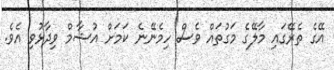
އޭގެ ތެރޭގައި މާލޭގެ މަގުތައް ވެސް ހިމެނޭނެ ކަމަށް އުޝާމް ވިދާޅުވި އެވެ.